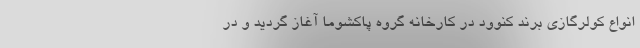
انواع کولرگازی برند کنوود در کارخانه گروه پاکشوما آغاز گردید و در